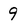
Character: 9